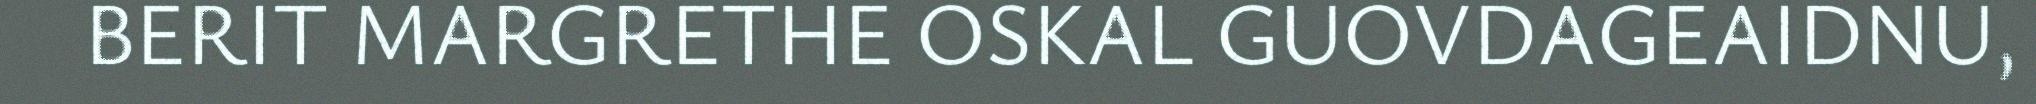
BERIT MARGRETHE OSKAL GUOVDAGEAIDNU,